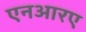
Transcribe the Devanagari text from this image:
एनआरए